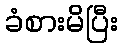
ခံစားမိပြီး